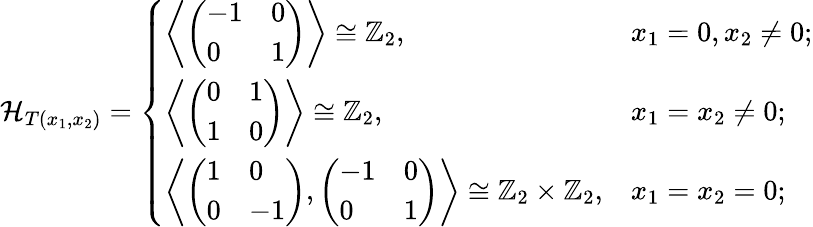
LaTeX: {\mathcal H}_{T(x_{1},x_{2})}=\left\{ \begin{array}{ll}{\left\langle\left(\begin{array}{ll}{-1}&{0}\\ {0}&{1}\end{array}\right)\right\rangle\cong\mathbb{Z}_{2},}&{x_{1}=0,x_{2}\neq 0;}\\ {\left\langle\left(\begin{array}{ll}{0}&{1}\\ {1}&{0}\end{array}\right)\right\rangle\cong\mathbb{Z}_{2},}&{x_{1}=x_{2}\neq 0;}\\ {\left\langle\left(\begin{array}{ll}{1}&{0}\\ {0}&{-1}\end{array}\right),\left(\begin{array}{ll}{-1}&{0}\\ {0}&{1}\end{array}\right)\right\rangle\cong\mathbb{Z}_{2}\times\mathbb{Z}_{2},}&{x_{1}=x_{2}=0;}\end{array}\right.